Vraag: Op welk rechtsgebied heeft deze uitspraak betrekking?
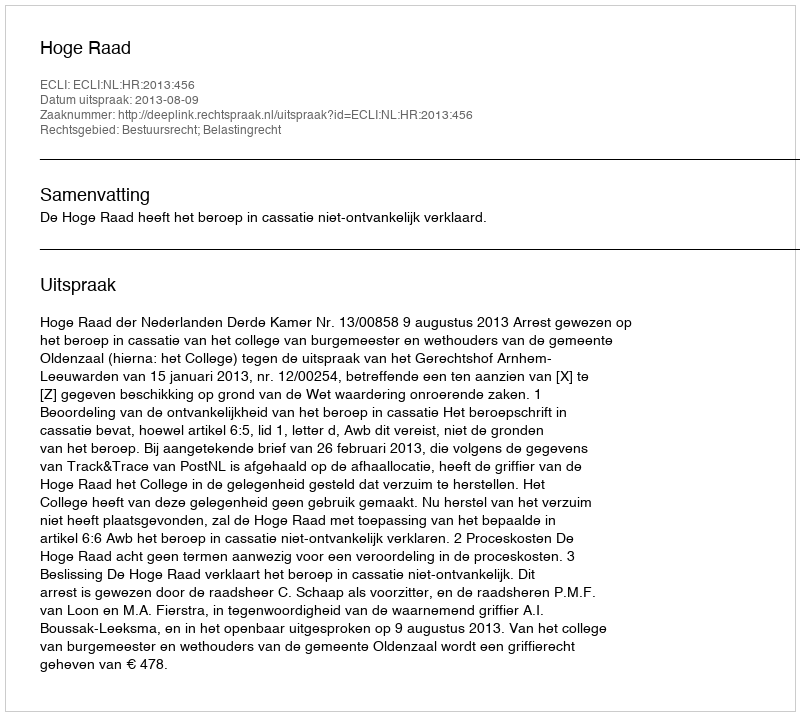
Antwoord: Bestuursrecht; Belastingrecht